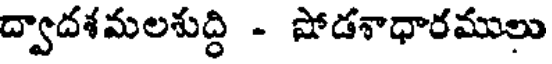
ద్వాదశమలశుద్ధి - షోడశాధారములు